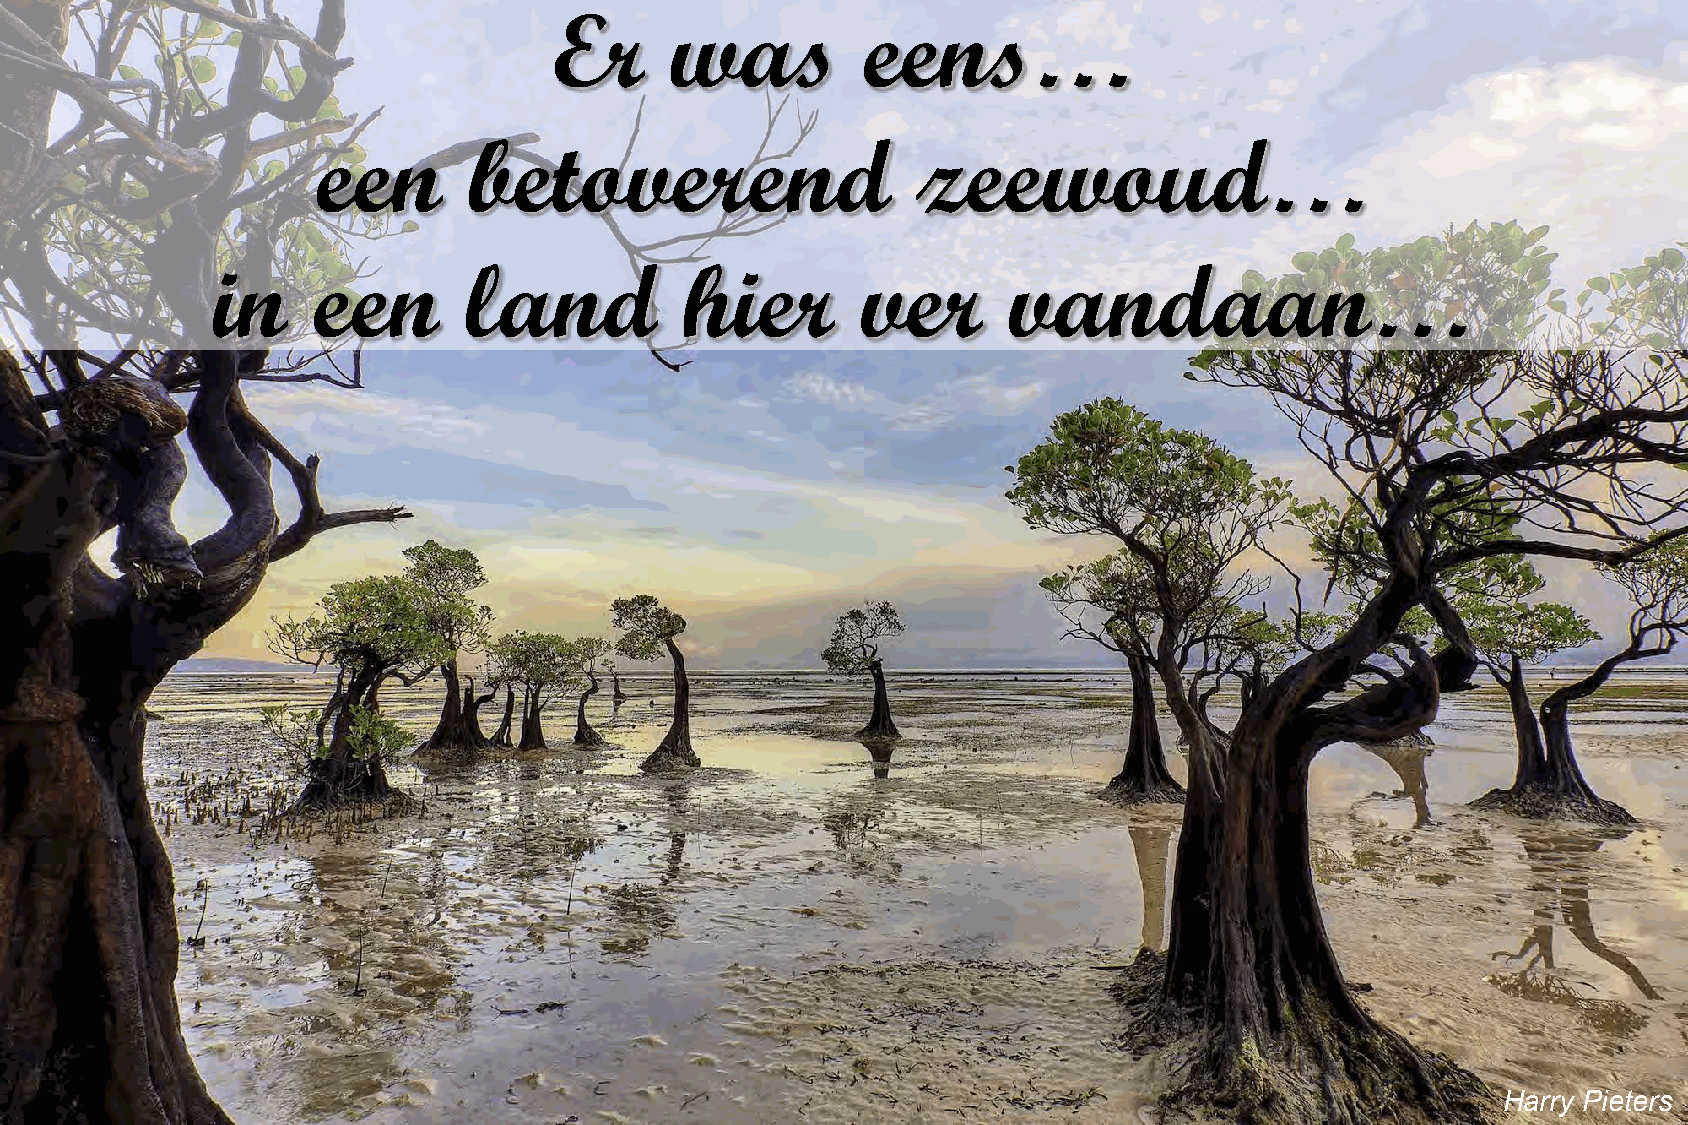
Er     was          eens…
 een       betoverend                    zeewoud…
 in     een       land          hier        ver       vandaan…
 Harry Pieters